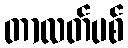
တာလတ်ပစ်